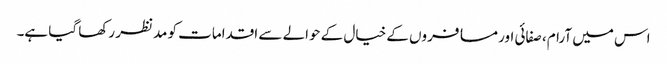
اس میں آرام، صفائی اور مسافروں کے خیال کے حوالے سے اقدامات کو مدنظر رکھا گیا ہے۔